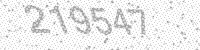
Solution: 219547